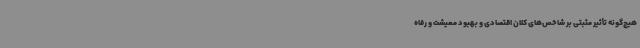
هیچ‌گونه تأثیر مثبتی بر شاخص‌های کلان اقتصادی و بهبود معیشت و رفاه